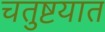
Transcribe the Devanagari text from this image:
चतुष्टयात